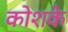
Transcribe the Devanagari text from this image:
कोशके